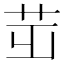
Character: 𦭢